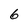
Character: 6